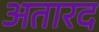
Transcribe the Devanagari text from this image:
अतारद